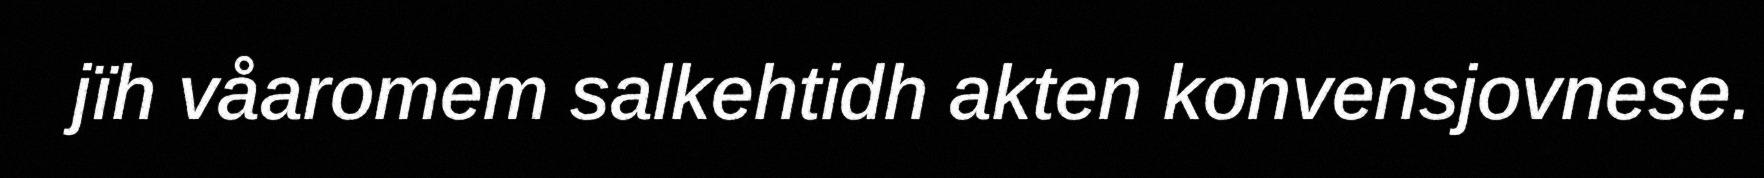
jïh våaromem salkehtidh akten konvensjovnese.